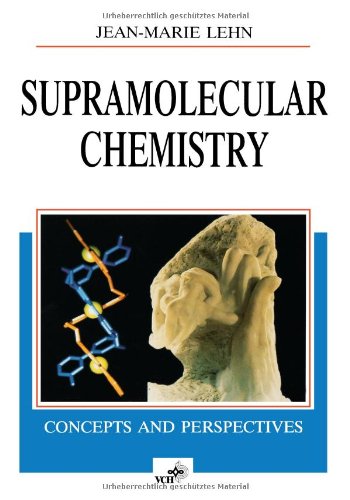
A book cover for Supramolecular Chemistry: Concepts and Perspectives; Jean-Marie Lehn; Science & Math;